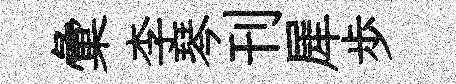
彙李琴刊犀歩